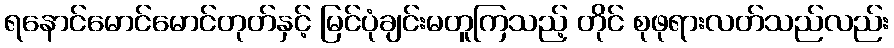
ရနောင်မောင်မောင်တုတ်နှင့် မြင်ပုံချင်းမတူကြသည့် တိုင် စုဖုရားလတ်သည်လည်း